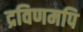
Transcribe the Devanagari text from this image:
द्रविणमपि